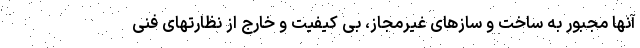
آنها مجبور به ساخت و سازهای غیرمجاز، بی کیفیت و خارج از نظارتهای فنی